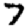
Digit: 7